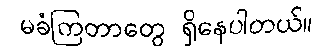
မခံကြတာတွေ ရှိနေပါတယ်။